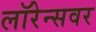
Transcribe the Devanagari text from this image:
लॉरेन्सवर